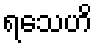
ရသေဟိ